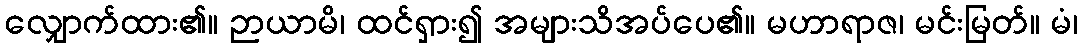
လျှောက်ထား၏။ ဉာယာမိ၊ ထင်ရှား၍ အများသိအပ်ပေ၏။ မဟာရာဇ၊ မင်းမြတ်။ မံ၊